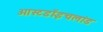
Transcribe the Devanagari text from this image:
ओस्टडॉइचलांड